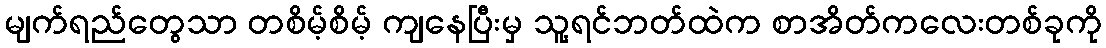
မျက်ရည်တွေသာ တစိမ့်စိမ့် ကျနေပြီးမှ သူ့ရင်ဘတ်ထဲက စာအိတ်ကလေးတစ်ခုကို